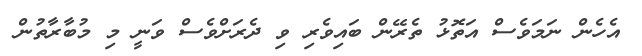
އެހެން ނަމަވެސް އަތޮޅު ތެރޭން ބައިވެރި ވި ދެރަށްވެސް ވަނީ މި މުބާރާތުން